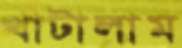
খাটালাম